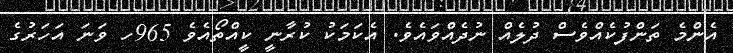
އެންމެ ތަންފުކެއްވެސް ދުލެއް ނުދެއްވައެވެ. އެކަމަކު ކުރާނީ ކީއްތޯއެވެ 965ހ ވަނަ އަހަރުގެ